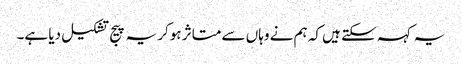
یہ کہہ سکتے ہیں کہ ہم نے وہاں سے متاثر ہوکر یہ پیج تشکیل دیا ہے۔